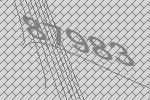
87983